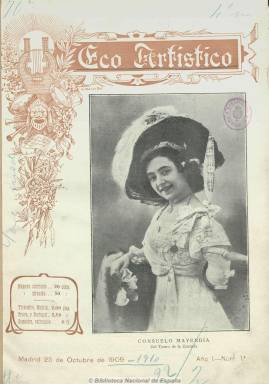
Título: Eco artístico
Colección: Espectáculos
Ámbito geográfico: Madrid
Lugar de publicación: Madrid
Fechas: 25/10/1909-30/05/1923

Revista de espectáculos, de carácter útil y práctica, dirigida a empresas y agentes del sector, artistas, especialmente de varietés, y a actores y actrices, y al público en general, con profusión de retratos fotográficos y algunas caricaturas de las y los profesionales de este sector. Comenzó apareciendo tres veces al mes, para convertirse finalmente en mensual, a la vez que amplió su paginación de las 14 hasta las 40 páginas. La cubierta, generalmente a dos tintas, estaba ocupada por retratos fotográficos de artistas y actores del mundo del espectáculo. Contenía una guía internacional con la reseña de cupletistas y bailarinas, malabaristas, acróbatas y gimnastas, ilusionistas, ventrílocuos, transformistas, cómicos, tonadilleras, duetistas, danzarinas, zarzuela, academias de baile, agentes y compañías, profesores de canto y directores de orquesta, etc., al mismo tiempo que ofrecía breves semblanzas de los mismos, especialmente de quienes aparecían en su portada. Asimismo informaba de la programación de los espectáculos y obras artísticas y teatrales que se representaban tanto de Madrid como en provincias y en el extranjero, contando con corresponsales en las principales capitales de España y del mundo. Al mismo tiempo daba cabida a algunos textos de creación literaria, tanto en prosa como en verso. Tuvo secciones fijas dedicadas a las varietés, la crítica teatral, la crónica del extranjero y los perfiles biográficos. Su director fue S. Pérez Aguirre, que después fue sustituido en la dirección y administración de la revista por Fernando Morales. Entre las firmas de sus textos aparecen las de Luis Bregante, Arturo Pérez Roca, Fernando Forset y José S. Santoja. En suma, es una nómina ilustrada durante las primeras décadas del siglo veinte de quienes se dedicaron al mundo del espectáculo, especialmente en España, y que actuaron tanto en teatros y salas de espectáculos españoles como en el extranjero.